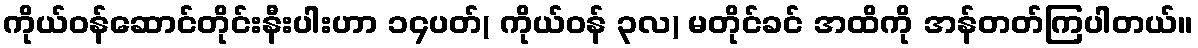
ကိုယ်ဝန်ဆောင်တိုင်းနီးပါးဟာ ၁၄ပတ်( ကိုယ်ဝန် ၃လ) မတိုင်ခင် အထိကို အန်တတ်ကြပါတယ်။